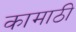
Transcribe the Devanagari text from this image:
कामाठी